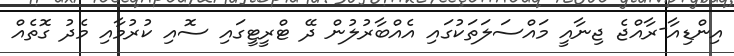
އިންޑިއާ-ރާއްޖެ ޖިނާއީ މައްސަލަތަކުގައި އެއްބާރުލުން ދޭ ޓްރީޓީގައި ސޮއި ކުރުމާއި މެދު ގޮތެއް